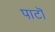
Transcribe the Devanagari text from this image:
पाटॊ